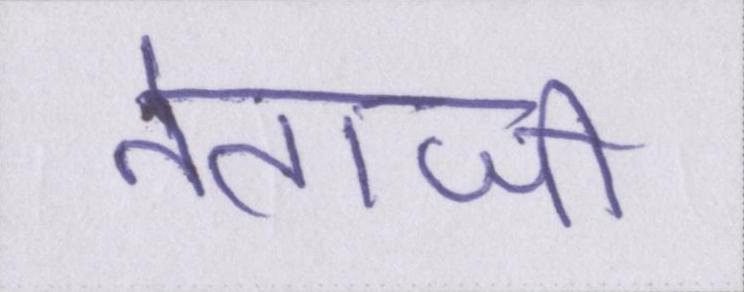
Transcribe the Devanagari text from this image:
नेताजी